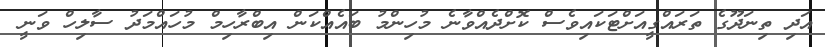
އަދި ތިނަދޫގެ ތަރައްގީއަށްޓަކައިވެސް ކޮށްދެއްވާނެ މުހިންމު ބައެއްކަން އިބްރާހިމް މުހައްމަދު ސާލިހް ވަނީ